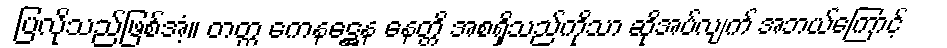
ပြလိုသည်ဖြစ်အံ့။ တတ္ထ ကေနဋ္ဌေန နေတ္တိ အစရှိသည်ကိုသာ ဆိုအပ်လျက် အဘယ်ကြောင့်